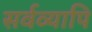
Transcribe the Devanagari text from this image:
सर्वव्यापि